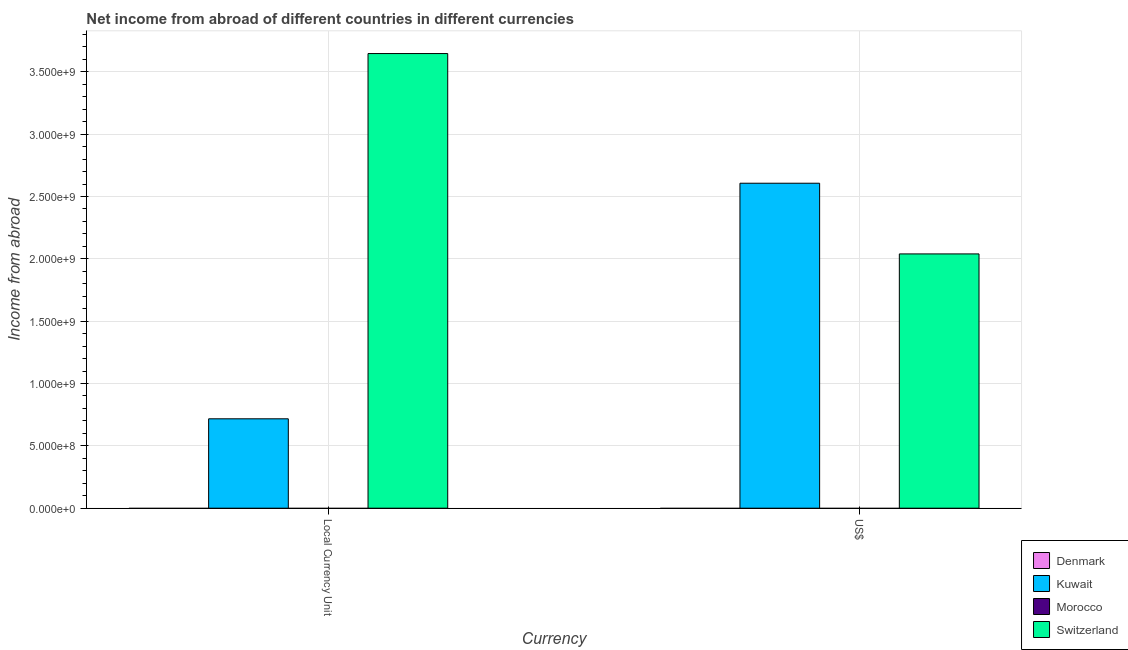
| Currency | Denmark | Kuwait | Morocco | Switzerland |
 | --- | --- | --- | --- | --- |
 | Local Currency Unit | -4e+08 | 7.17e+08 | -8.45e+08 | 3.65e+09 |
 | US$ | -7.26e+07 | 2.61e+09 | -2.03e+08 | 2.04e+09 |